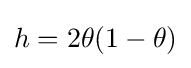
h=2\theta (1-\theta )